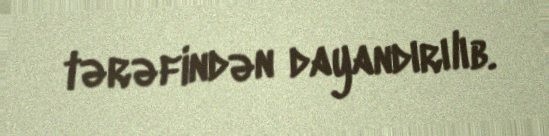
tərəfindən dayandırılıb.